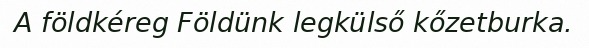
A földkéreg Földünk legkülső kőzetburka.